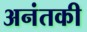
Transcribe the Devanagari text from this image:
अनंतकी